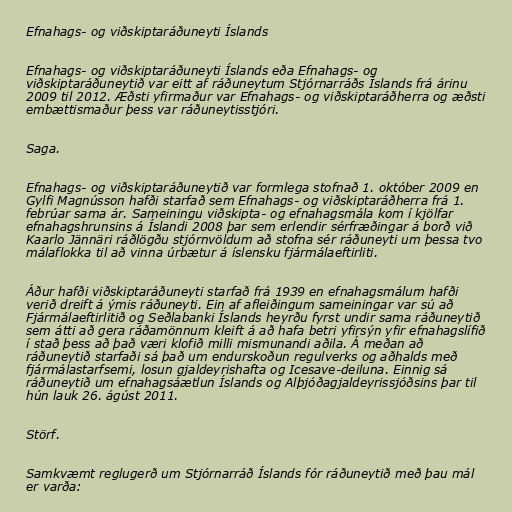
Efnahags- og viðskiptaráðuneyti Íslands

Efnahags- og viðskiptaráðuneyti Íslands eða Efnahags- og
viðskiptaráðuneytið var eitt af ráðuneytum Stjórnarráðs Íslands frá árinu
2009 til 2012. Æðsti yfirmaður var Efnahags- og viðskiptaráðherra og æðsti
embættismaður þess var ráðuneytisstjóri.

Saga.

Efnahags- og viðskiptaráðuneytið var formlega stofnað 1. október 2009 en
Gylfi Magnússon hafði starfað sem Efnahags- og viðskiptaráðherra frá 1.
febrúar sama ár. Sameiningu viðskipta- og efnahagsmála kom í kjölfar
efnahagshrunsins á Íslandi 2008 þar sem erlendir sérfræðingar á borð við
Kaarlo Jännäri ráðlögðu stjórnvöldum að stofna sér ráðuneyti um þessa tvo
málaflokka til að vinna úrbætur á íslensku fjármálaeftirliti.

Áður hafði viðskiptaráðuneyti starfað frá 1939 en efnahagsmálum hafði
verið dreift á ýmis ráðuneyti. Ein af afleiðingum sameiningar var sú að
Fjármálaeftirlitið og Seðlabanki Íslands heyrðu fyrst undir sama ráðuneytið
sem átti að gera ráðamönnum kleift á að hafa betri yfirsýn yfir efnahagslífið
í stað þess að það væri klofið milli mismunandi aðila. Á meðan að
ráðuneytið starfaði sá það um endurskoðun regulverks og aðhalds með
fjármálastarfsemi, losun gjaldeyrishafta og Icesave-deiluna. Einnig sá
ráðuneytið um efnahagsáætlun Íslands og Alþjóðagjaldeyrissjóðsins þar til
hún lauk 26. ágúst 2011.

Störf.

Samkvæmt reglugerð um Stjórnarráð Íslands fór ráðuneytið með þau mál
er varða: